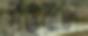
পওয়াল